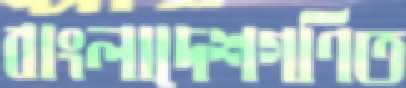
বাংলাদেশগণিত